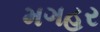
મગહર